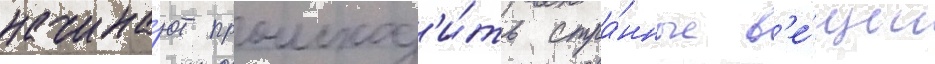
начина́ют происход'и́ть стра́нные в'е́щи